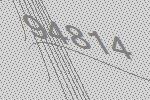
94814